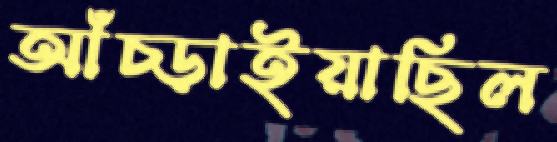
আঁচ্‌ড়াইয়াছিল